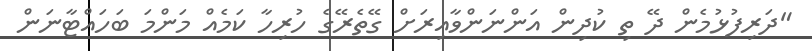
"ދަރިފުޅުމެން ދޭ ތި ކުދިން އަންނަންވާއިރަށް ގޭތެރޭގެ ހުރިހާ ކަމެއް މަންމަ ބަހައްޓާނަން